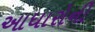
આધારોની